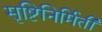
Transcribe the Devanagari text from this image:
सृष्टिनिर्मिती